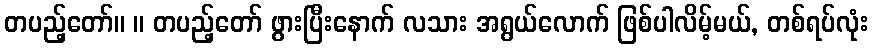
တပည့်တော်။ ။ တပည့်တော် ဖွားပြီးနောက် လသား အရွယ်လောက် ဖြစ်ပါလိမ့်မယ်, တစ်ရပ်လုံး